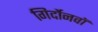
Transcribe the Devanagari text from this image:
गिर्दोनवाॅ